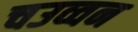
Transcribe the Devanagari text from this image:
चउव्वन